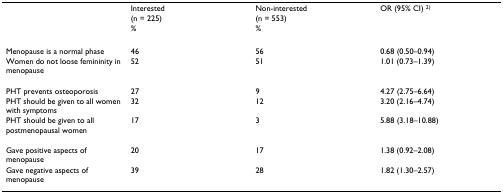
|  | Interested | Non-interested | OR (95% CI) 2) |
 |  | (n = 225) | (n = 553) |  |
 |  | % | % |  |
 | --- | --- | --- | --- |
 | Menopause is a normal phase | 46 | 56 | 0.68 (0.50–0.94) |
 | Women do not loose femininity in menopause | 52 | 51 | 1.01 (0.73–1.39) |
 | PHT prevents osteoporosis | 27 | 9 | 4.27 (2.75–6.64) |
 | PHT should be given to all women with symptoms | 32 | 12 | 3.20 (2.16–4.74) |
 | PHT should be given to all postmenopausal women | 17 | 3 | 5.88 (3.18–10.88) |
 | Gave positive aspects of menopause | 20 | 17 | 1.38 (0.92–2.08) |
 | Gave negative aspects of menopause | 39 | 28 | 1.82 (1.30–2.57) |